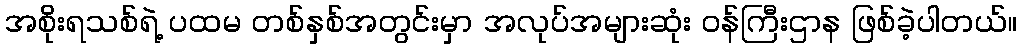
အစိုးရသစ်ရဲ့ ပထမ တစ်နှစ်အတွင်းမှာ အလုပ်အများဆုံး ဝန်ကြီးဌာန ဖြစ်ခဲ့ပါတယ်။